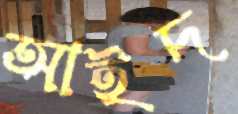
আইদ